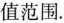
值范围.